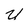
Character: U